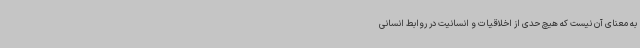
به معنای آن نیست که هیچ حدی از اخلاقیات و انسانیت در روابط انسانی